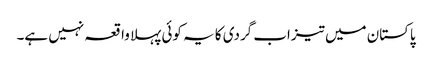
پاکستان میں تیزاب گردی کا یہ کوئی پہلا واقعہ نہیں ہے۔